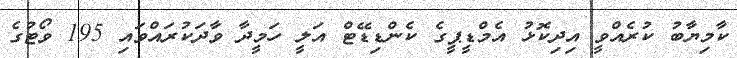
ކާމިޔާބު ކުރެއްވީ އިދިކޮޅު އެމްޑީޕީގެ ކެންޑިޑޭޓް އަލީ ހަމީދާ ވާދަކުރައްވައި 195 ވޯޓުގެ